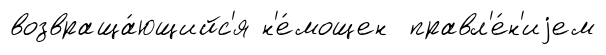
возвраща́ющийс'я н'е́мощен правл'е́н'иjем